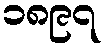
၁၈၉၇